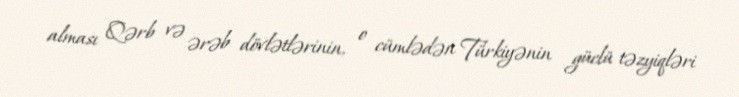
alması Qərb və ərəb dövlətlərinin, o cümlədən Türkiyənin güclü təzyiqləri